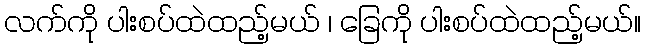
လက်ကို ပါးစပ်ထဲထည့်မယ် ၊ ခြေကို ပါးစပ်ထဲထည့်မယ်။